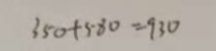
3 5 0 + 5 8 0 = 9 3 0